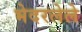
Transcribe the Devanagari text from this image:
भेदरलेले